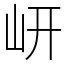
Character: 岍